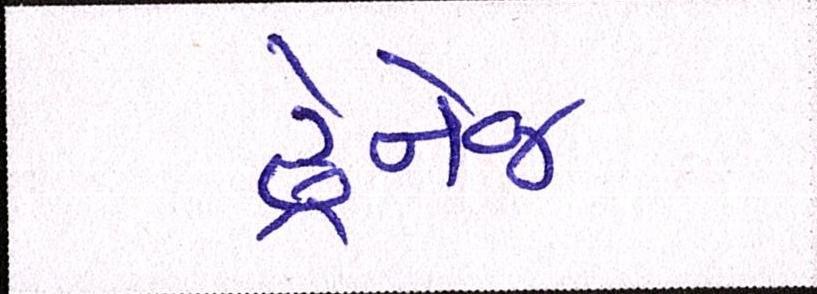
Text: ડ્રેનેજ